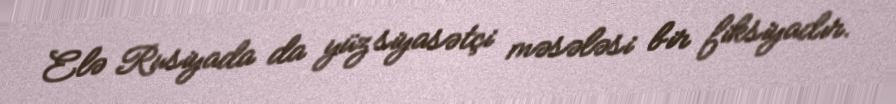
Elə Rusiyada da yüz siyasətçi məsələsi bir fiksiyadır.